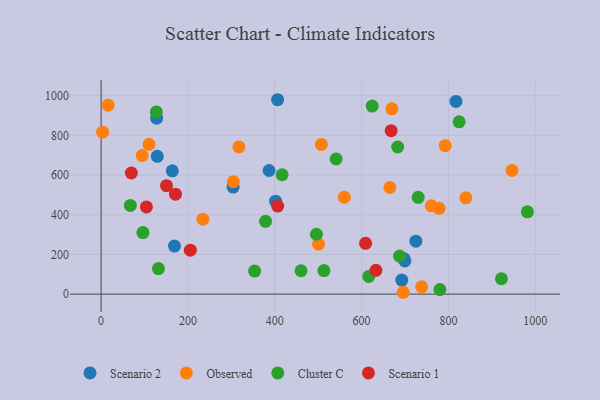
{"axis": {"x": "Experience", "y": "Profit"}, "legend": ["Cluster C", "Observed", "Scenario 1", "Scenario 2"], "data": [{"x": "169.0", "y": 242.1, "type": "Scenario 2"}, {"x": "697.9", "y": 178.4, "type": "Scenario 2"}, {"x": "406.5", "y": 979.9, "type": "Scenario 2"}, {"x": "725.1", "y": 266.8, "type": "Scenario 2"}, {"x": "817.4", "y": 971.5, "type": "Scenario 2"}, {"x": "128.0", "y": 886.8, "type": "Scenario 2"}, {"x": "129.4", "y": 694.5, "type": "Scenario 2"}, {"x": "387.0", "y": 623.1, "type": "Scenario 2"}, {"x": "692.6", "y": 70.8, "type": "Scenario 2"}, {"x": "401.8", "y": 468.4, "type": "Scenario 2"}, {"x": "699.7", "y": 167.5, "type": "Scenario 2"}, {"x": "164.0", "y": 621.3, "type": "Scenario 2"}, {"x": "304.1", "y": 539.7, "type": "Scenario 2"}, {"x": "778.7", "y": 432.7, "type": "Observed"}, {"x": "500.8", "y": 252.4, "type": "Observed"}, {"x": "760.5", "y": 445.1, "type": "Observed"}, {"x": "234.5", "y": 377.8, "type": "Observed"}, {"x": "669.8", "y": 933.9, "type": "Observed"}, {"x": "110.3", "y": 755.2, "type": "Observed"}, {"x": "94.6", "y": 698.5, "type": "Observed"}, {"x": "840.1", "y": 485.2, "type": "Observed"}, {"x": "738.4", "y": 36.7, "type": "Observed"}, {"x": "304.7", "y": 566.9, "type": "Observed"}, {"x": "560.3", "y": 488.5, "type": "Observed"}, {"x": "317.4", "y": 741.8, "type": "Observed"}, {"x": "16.2", "y": 952.3, "type": "Observed"}, {"x": "507.4", "y": 754.4, "type": "Observed"}, {"x": "3.5", "y": 816.5, "type": "Observed"}, {"x": "665.1", "y": 537.4, "type": "Observed"}, {"x": "695.9", "y": 9.3, "type": "Observed"}, {"x": "946.5", "y": 623.3, "type": "Observed"}, {"x": "792.6", "y": 748.5, "type": "Observed"}, {"x": "683.1", "y": 741.6, "type": "Cluster C"}, {"x": "460.5", "y": 117.9, "type": "Cluster C"}, {"x": "624.4", "y": 947.8, "type": "Cluster C"}, {"x": "496.0", "y": 301.9, "type": "Cluster C"}, {"x": "780.4", "y": 23.0, "type": "Cluster C"}, {"x": "96.3", "y": 310.1, "type": "Cluster C"}, {"x": "687.5", "y": 191.6, "type": "Cluster C"}, {"x": "378.8", "y": 366.8, "type": "Cluster C"}, {"x": "730.4", "y": 487.8, "type": "Cluster C"}, {"x": "541.4", "y": 681.2, "type": "Cluster C"}, {"x": "132.1", "y": 129.0, "type": "Cluster C"}, {"x": "513.2", "y": 118.9, "type": "Cluster C"}, {"x": "981.9", "y": 414.7, "type": "Cluster C"}, {"x": "616.4", "y": 89.4, "type": "Cluster C"}, {"x": "67.4", "y": 447.2, "type": "Cluster C"}, {"x": "353.6", "y": 116.3, "type": "Cluster C"}, {"x": "922.2", "y": 77.4, "type": "Cluster C"}, {"x": "127.2", "y": 918.4, "type": "Cluster C"}, {"x": "417.0", "y": 601.8, "type": "Cluster C"}, {"x": "824.7", "y": 868.6, "type": "Cluster C"}, {"x": "668.1", "y": 823.7, "type": "Scenario 1"}, {"x": "205.5", "y": 221.3, "type": "Scenario 1"}, {"x": "104.4", "y": 439.7, "type": "Scenario 1"}, {"x": "150.6", "y": 546.6, "type": "Scenario 1"}, {"x": "69.7", "y": 610.6, "type": "Scenario 1"}, {"x": "609.2", "y": 256.0, "type": "Scenario 1"}, {"x": "171.3", "y": 503.6, "type": "Scenario 1"}, {"x": "406.8", "y": 443.8, "type": "Scenario 1"}, {"x": "633.0", "y": 119.9, "type": "Scenario 1"}]}